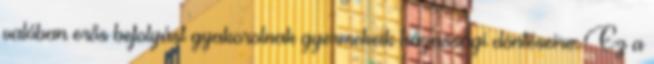
valóban erős befolyást gyakorolnak gyermekeik házassági döntéseire. Ez a